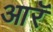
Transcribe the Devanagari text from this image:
आरॅ